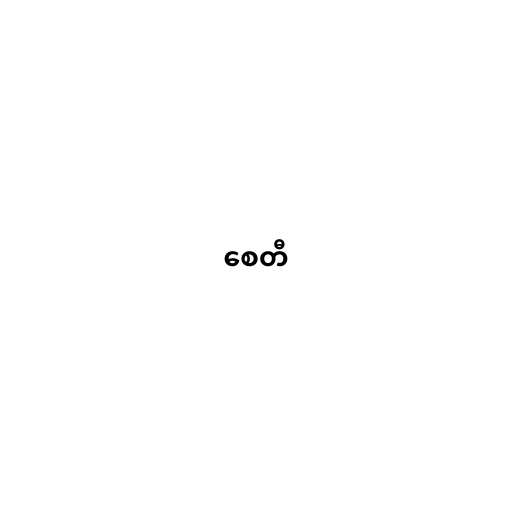
စေတီ